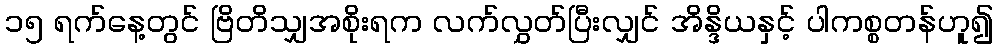
၁၅ ရက်နေ့တွင် ဗြိတိသျှအစိုးရက လက်လွှတ်ပြီးလျှင် အိန္ဒိယနှင့် ပါကစ္စတန်ဟူ၍